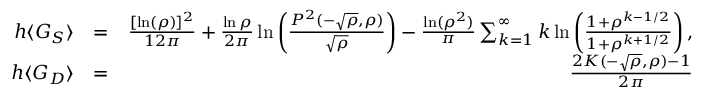
\begin{array} { r l r } { h \langle G _ { S } \rangle } & { = } & { \frac { [ \ln ( \rho ) ] ^ { 2 } } { 1 2 \pi } + \frac { \ln \rho } { 2 \pi } \ln \left( \frac { P ^ { 2 } ( - \sqrt { \rho } , \rho ) } { \sqrt { \rho } } \right) - \frac { \ln ( \rho ^ { 2 } ) } { \pi } \sum _ { k = 1 } ^ { \infty } k \ln \left( \frac { 1 + \rho ^ { k - 1 / 2 } } { 1 + \rho ^ { k + 1 / 2 } } \right) , } \\ { h \langle G _ { D } \rangle } & { = } & { \frac { 2 K ( - \sqrt { \rho } , \rho ) - 1 } { 2 \pi } } \end{array}